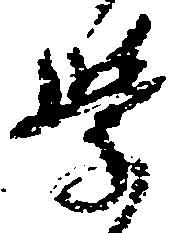
学